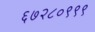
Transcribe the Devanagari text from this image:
६७२८०९९९